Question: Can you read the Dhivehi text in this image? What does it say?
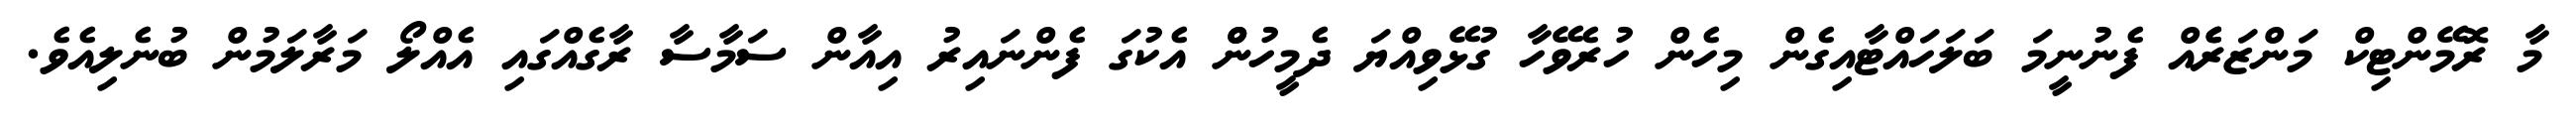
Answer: މާ ރޮމޭންޓިކް މަންޒަރެެއް ފެނުނީމަ ބަލަހައްޓާއިގެން މިހެން ހުރެވޭހާ ގުޅޭވިއްޔަ ދެމީހުންް އެކުގަ ފެންނައިރު އިއާން ސަމާސާ ރާގެއްގައި އެއްލޯ މަރާލަމުން ބުނެލިއެވެ.